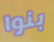
بنوا